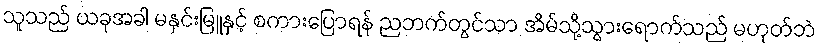
သူသည် ယခုအခါ မနှင်းမြူနှင့် စကားပြောရန် ညဘက်တွင်သာ အိမ်သို့သွားရောက်သည် မဟုတ်ဘဲ